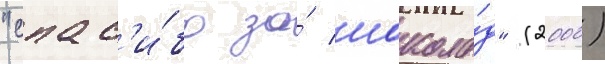
"спас'и́бо за́ шокола́д" (2000)